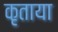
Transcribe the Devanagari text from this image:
कृताया